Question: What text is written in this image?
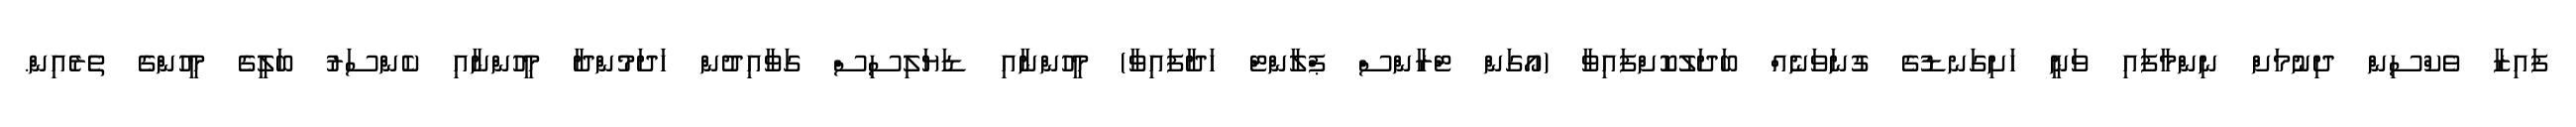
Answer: ފައިޒާ ވެކްސިން ދިނުމަށް ނިންމާފައި ވަނީ ހަށިގަނޑުގެ ގުނަވަނެއް ބަދަލުކޮށްފައިވާ (އޯގަން ޓްރާންސް ޕްލާންޓް ހަދާފައިވާ) މީހުންނާއި ޑަޔަލިސިސް ގަވާއިދުން ހަދަމުންދާ މީހުންނާއި ކެންސަރު ބަލީގެ މީހުންގެ ތެރެއިން.